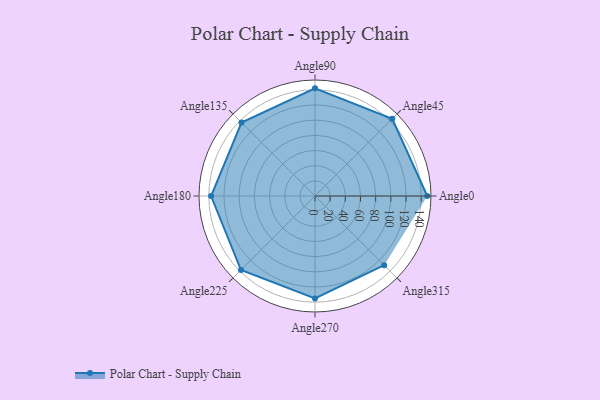
{"axis": {"x": "Angle", "y": "Radius"}, "legend": [""], "data": [{"x": "Angle0", "y": 148.0, "type": ""}, {"x": "Angle45", "y": 144.0, "type": ""}, {"x": "Angle90", "y": 142.0, "type": ""}, {"x": "Angle135", "y": 137.0, "type": ""}, {"x": "Angle180", "y": 137.0, "type": ""}, {"x": "Angle225", "y": 138.0, "type": ""}, {"x": "Angle270", "y": 135.0, "type": ""}, {"x": "Angle315", "y": 129.0, "type": ""}]}